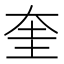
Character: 奎